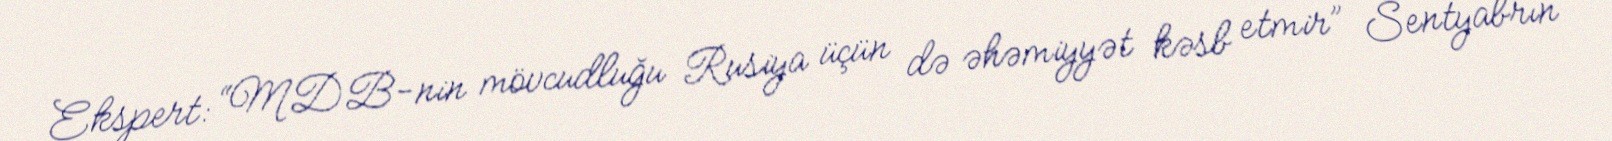
Ekspert: “MDB-nin mövcudluğu Rusiya üçün də əhəmiyyət kəsb etmir” Sentyabrın